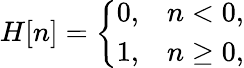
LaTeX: H[n]={\left\{ \begin{array}{ll}{0,}&{n<0,}\\ {1,}&{n\geq 0,}\end{array}\right.}